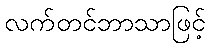
လက်တင်ဘာသာဖြင့်